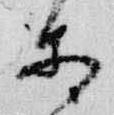
等